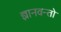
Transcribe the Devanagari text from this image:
ज्ञानवन्तो